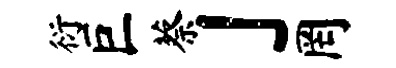
衍巨蔡」罔